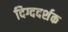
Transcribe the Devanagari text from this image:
दिग्ददर्शक